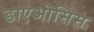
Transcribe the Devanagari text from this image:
डाएओसिस